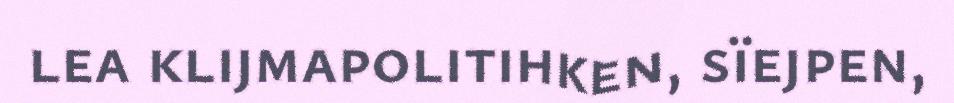
lea klijmapolitihken, sïejpen,